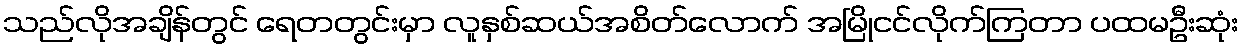
သည်လိုအချိန်တွင် ရေတတွင်းမှာ လူနှစ်ဆယ်အစိတ်လောက် အမြိုငင်လိုက်ကြတာ ပထမဦးဆုံး